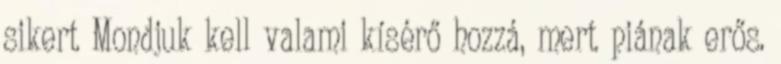
sikert Mondjuk kell valami kísérő hozzá, mert piának erős.